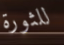
للثورة